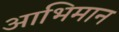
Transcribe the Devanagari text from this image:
आभिमान